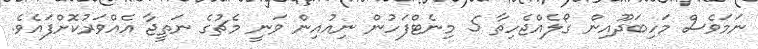
ނަމަވެސް މަހިބަދޫއިން ގޯލެއްޖެހިތާ 5 މިނެޓްފަހުން ނިއުއިން ވަނީ މެޗުގެ ނަތީޖާ އެއްވަރުކޮށްފައެވެ.